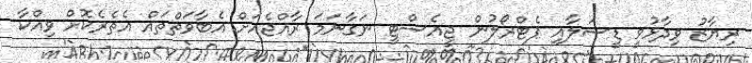
ރިޔާޒު ވިދާޅުވީ ޑީސަލާއި ޕެޓްރޯލުން ޖީއެސްޓީ ނަގާނަމަ ރާއްޖެއަށް އެބާވަތްތައް އެތެރެކޮށް ވިއްކާ